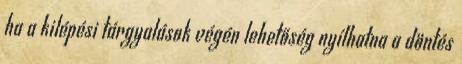
ha a kilépési tárgyalások végén lehetőség nyílhatna a döntés